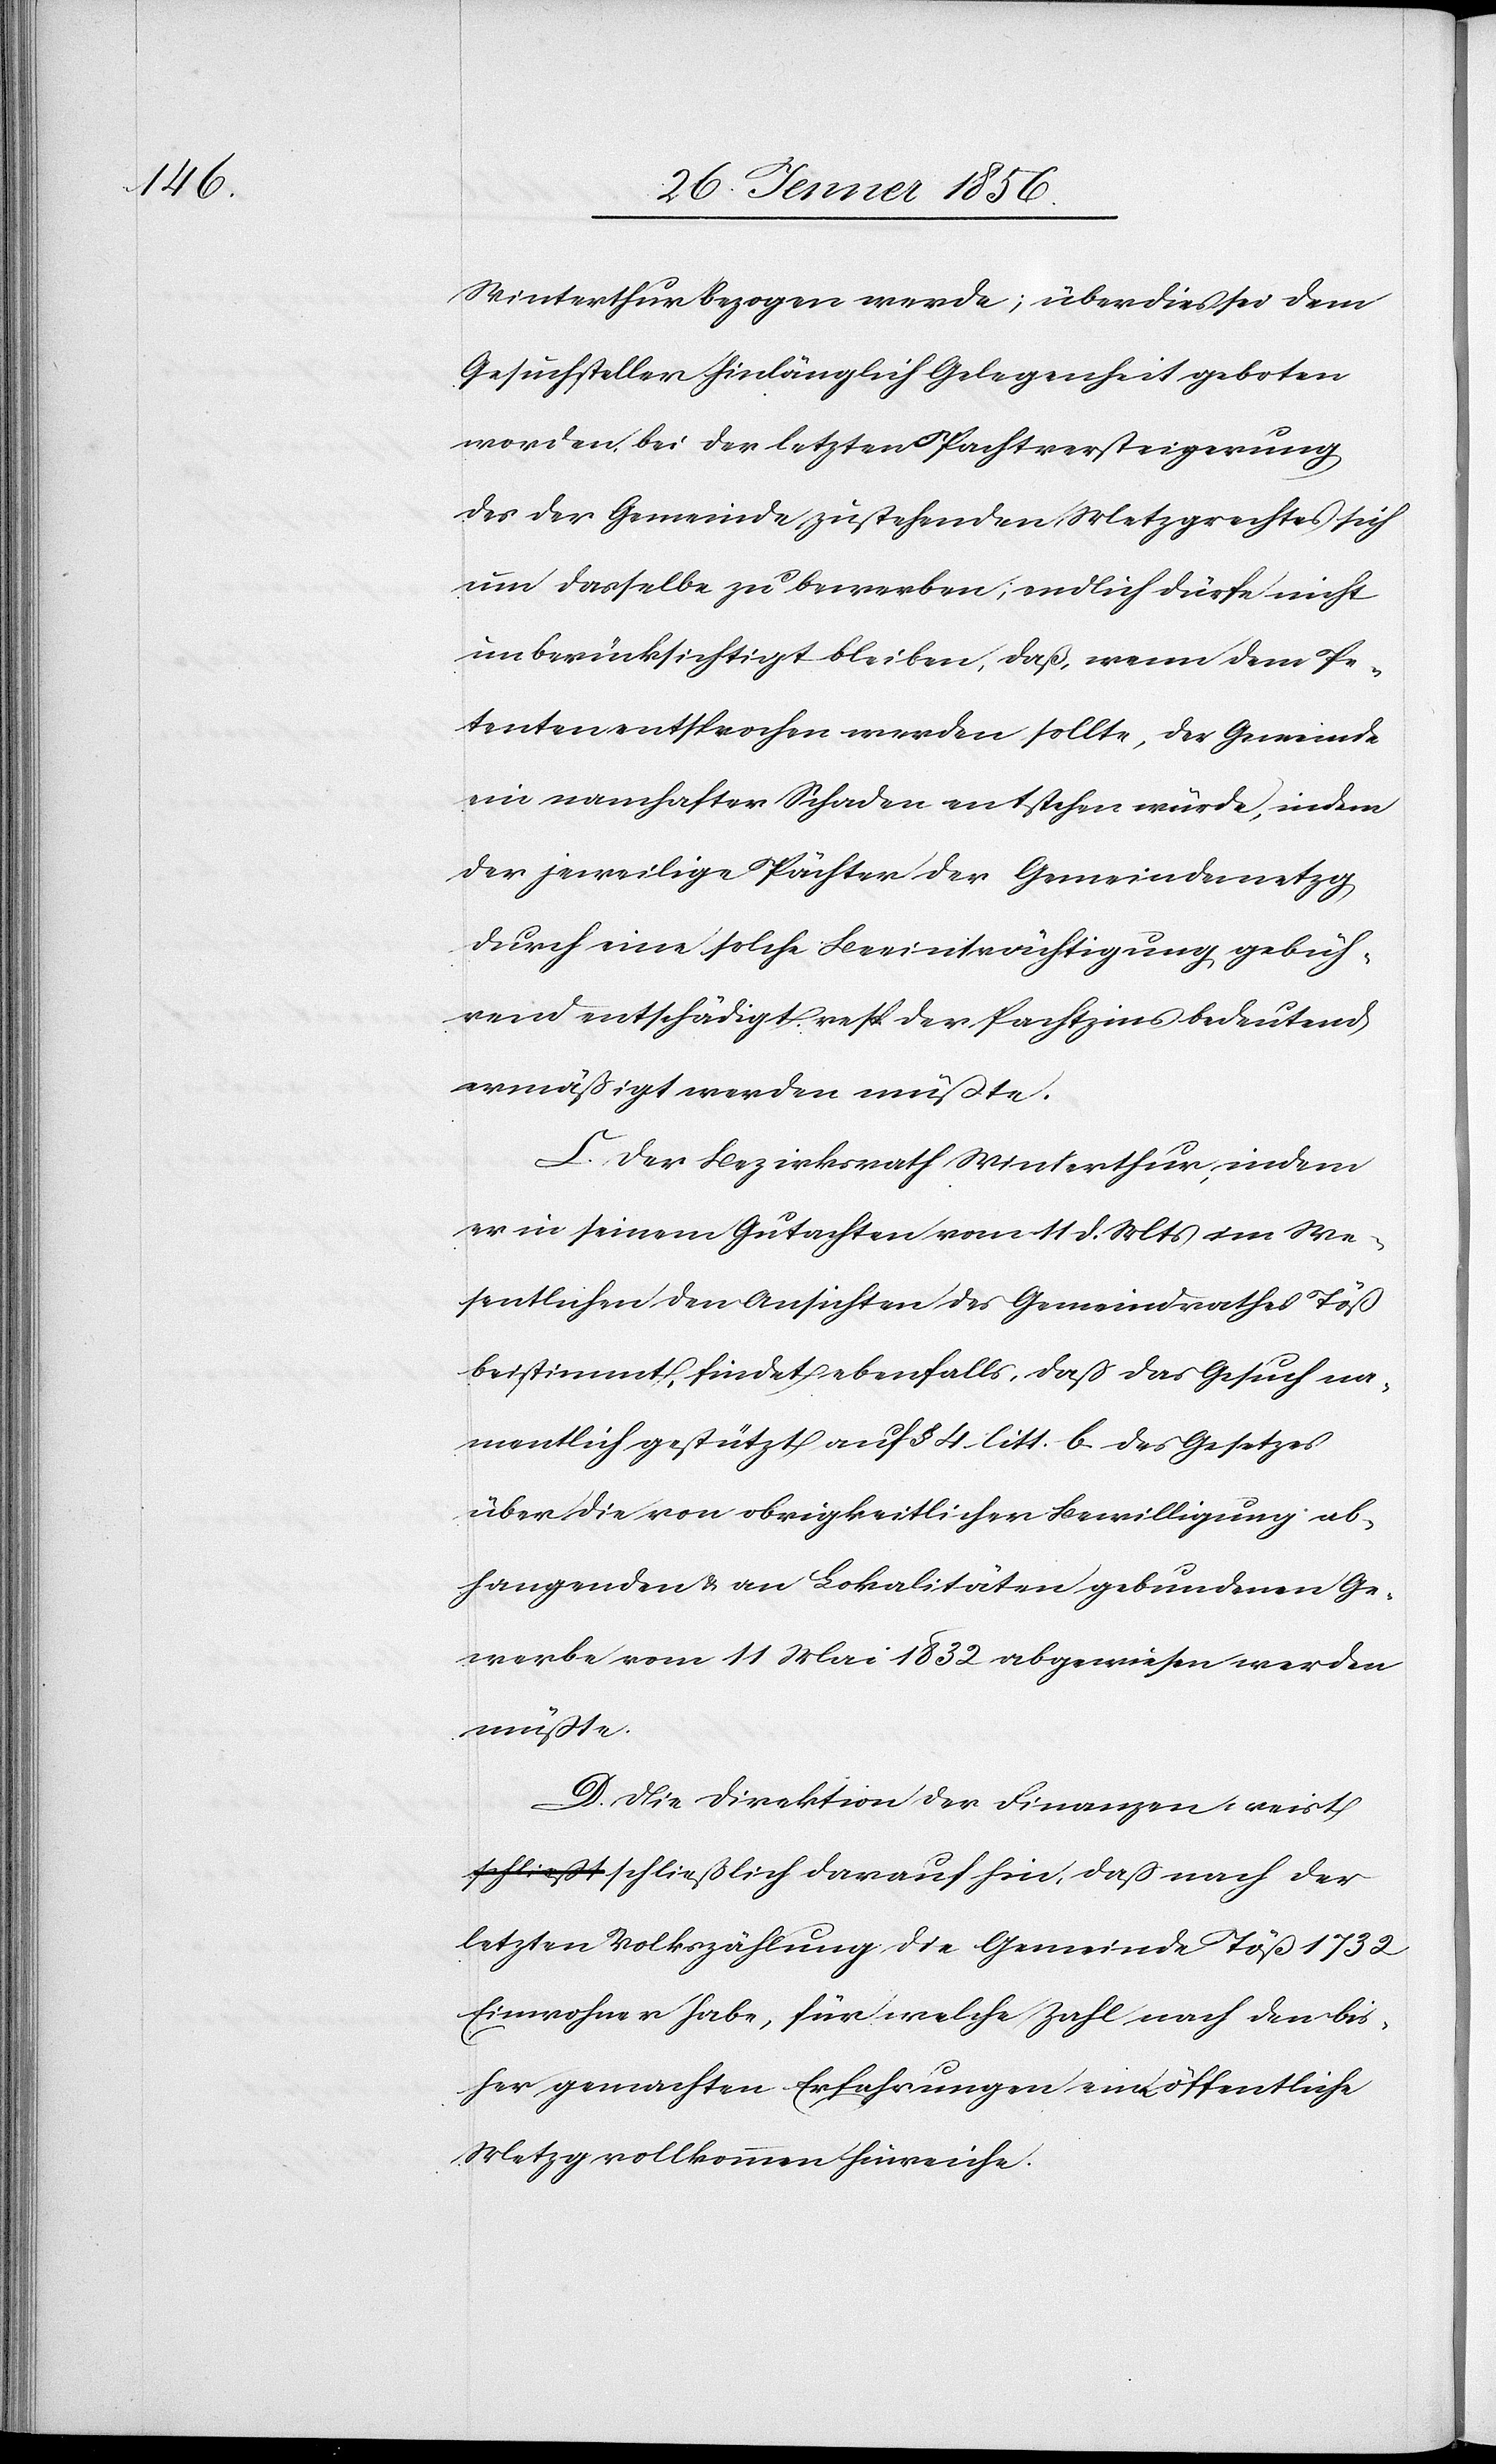
Winterthur bezogen werde; überdieß sei dem
Gesuchsteller hinlänglich Gelegenheit geboten
worden, bei der letzten Pachtversteigerung
des der Gemeinde zustehenden Metzgrechtes sich
um dasselbe zu bewerben; endlich dürfe nicht
unberücksichtigt bleiben, daß wenn dem Pe¬
tenten entsprochen werden sollte, der Gemeinde
ein namhafter Schaden entstehen würde, indem
der jeweilige Pächter der Gemeindemetz
durch eine solche Beeinträchtigung gebüh¬
rend entschädigt resp der Pachtzins bedeutend
ermäßigt werden müßte.
C. Der Bezirksrath Winterthur, indem
er in seinem Gutachten vom 11 d. Mts im We¬
sentlichen den Ansichten des Gemeindrathes Töß
beistimmt, findet ebenfalls, daß das Gesuch na¬
mentlich gestützt auf § 4. litt. b des Gesetzes
über die von obrigkeitlicher Bewilligung ab¬
hangenden u. an Lokalitäten gebundenen Ge¬
werbe vom 11 Mai 1832 abgewiesen werden
müßte.
D. Die Direktion der Finanzen weist
schließlich darauf hin, daß nach der
letzten Volkszählung die Gemeinde Töß 1732
Einwohner habe, für welche Zahl nach den bis¬
her gemachten Erfahrungen eine öffentliche
Metzg vollkommen hinreiche.